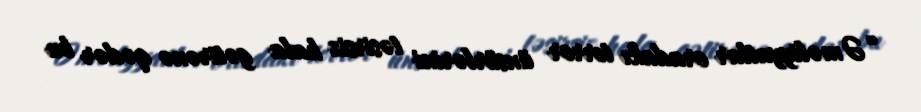
“Əməliyyatlar oradakı terror ünsürlərini təsirsiz hala gətirənə qədər bu